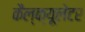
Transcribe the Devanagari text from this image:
कैल्क्यूलेटर